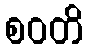
စဝတိ